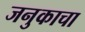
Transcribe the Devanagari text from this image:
जनुकाचा